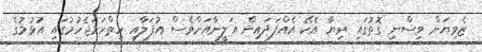
ޒެވިޔަން ވިސްނި ގޮތުގައި ރިޔާ އެކޭ އެއްފަދައިން އަލީނާއަށްވެސް އުފަލާއި ހިތްހަމަޖެހުމުގައި އުޅުމުގެ